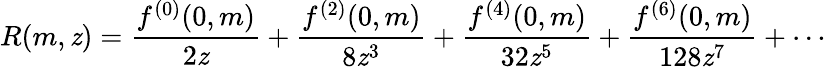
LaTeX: R(m,\mathit{z})=\frac{{f^{(0)}(0,m)}}{{2\mathit{z}}}+\frac{{f^{(2)}(0,m)}}{{8\mathit{z}^{3}}}+\frac{{f^{(4)}(0,m)}}{{32\mathit{z}^{5}}}+\frac{{f^{(6)}(0,m)}}{{128\mathit{z}^{7}}}+\cdots